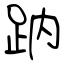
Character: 䟜